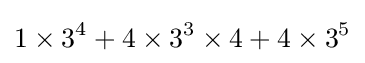
1\times 3^{4}+4\times 3^{3}\times 4+4\times 3^{5}